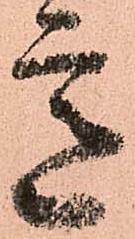
意